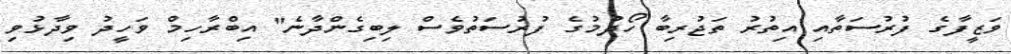
ވަޒީފާގެ ފުރުސަތާއި އިތުރު ތަޖުރިބާ ހޯދުމުގެ ފުރުސަތުވެސް ލިބިގެންދާނެ" އިބްރާހިމް ވަހީދު ވިދާޅުވި